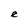
Character: e